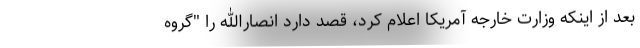
بعد از اینکه وزارت خارجه آمریکا اعلام کرد، قصد دارد انصارالله را "گروه